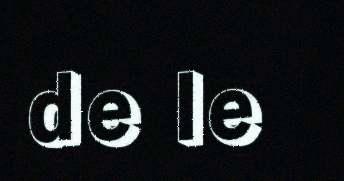
de le